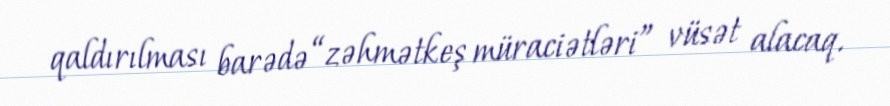
qaldırılması barədə “zəhmətkeş müraciətləri” vüsət alacaq.